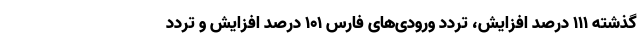
گذشته ۱۱۱ درصد افزایش، تردد ورودی‌های فارس ۱۰۱ درصد افزایش و تردد